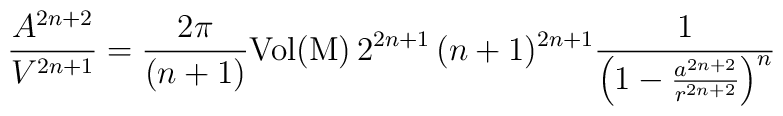
\frac{A^{2n+2}}{V^{2n+1}}=\frac{2\pi}{(n+1)}{\mathrm{Vol{(M)}}}\,2^{2n+1}\,(n+1)^{2n+1}\frac{1}{\left(1-\frac{a^{2n+2}}{r^{2n+2}}\right)^n}